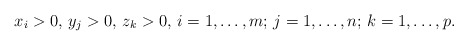
\begin{align*}x_{i}>0,\thinspace y_{j}>0,\thinspace z_{k}>0,\thinspace i=1,\mathellipsis, m;\thinspace j=1,\mathellipsis, n;\thinspace k=1,\mathellipsis, p.\end{align*}